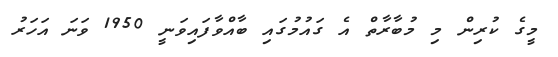
މީގެ ކުރިން މި މުބާރާތް އެ ގައުމުގައި ބާއްވާފައިވަނީ 1950 ވަނަ އަހަރު